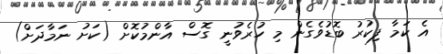
އެ ކަމާ ފިކުރު ބޮޑުވެގެން މި ހުރެވުނީ ގޮސް އާންމުކޮށް (ކަށު ނަމާދަށް)